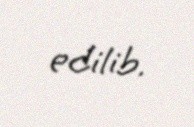
edilib.